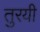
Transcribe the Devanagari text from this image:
तुरयी